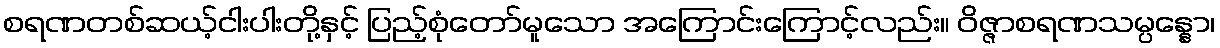
စရဏတစ်ဆယ့်ငါးပါးတို့နှင့် ပြည့်စုံတော်မူသော အကြောင်းကြောင့်လည်း။ ဝိဇ္ဇာစရဏသမ္ပန္နော၊